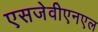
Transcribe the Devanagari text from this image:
एसजेवीएनएल